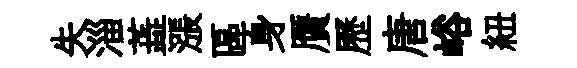
失淄蕋漲區身贋歷唐峪紐